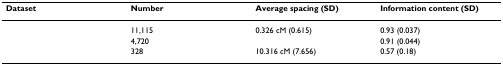
<table><thead><tr><td><b>Dataset</b></td><td><b>Number</b></td><td><b>Average spacing (SD)</b></td><td><b>Information content (SD)</b></td></tr></thead><tbody><tr><td>[EMPTY_CELL]</td><td>11,115</td><td>0.326 cM (0.615)</td><td>0.93 (0.037)</td></tr><tr><td>[EMPTY_CELL]</td><td>4,720</td><td>[EMPTY_CELL]</td><td>0.91 (0.044)</td></tr><tr><td>[EMPTY_CELL]</td><td>328</td><td>10.316 cM (7.656)</td><td>0.57 (0.18)</td></tr></tbody></table>